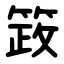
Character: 䈣